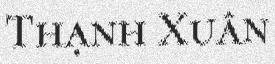
Thạnh Xuân